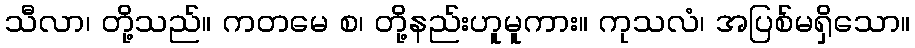
သီလာ၊ တို့သည်။ ကတမေ စ၊ တို့နည်းဟူမူကား။ ကုသလံ၊ အပြစ်မရှိသော။